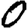
Digit: 0